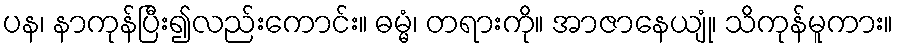
ပန၊ နာကုန်ပြီး၍လည်းကောင်း။ ဓမ္မံ၊ တရားကို။ အာဇာနေယျုံ၊ သိကုန်မူကား။